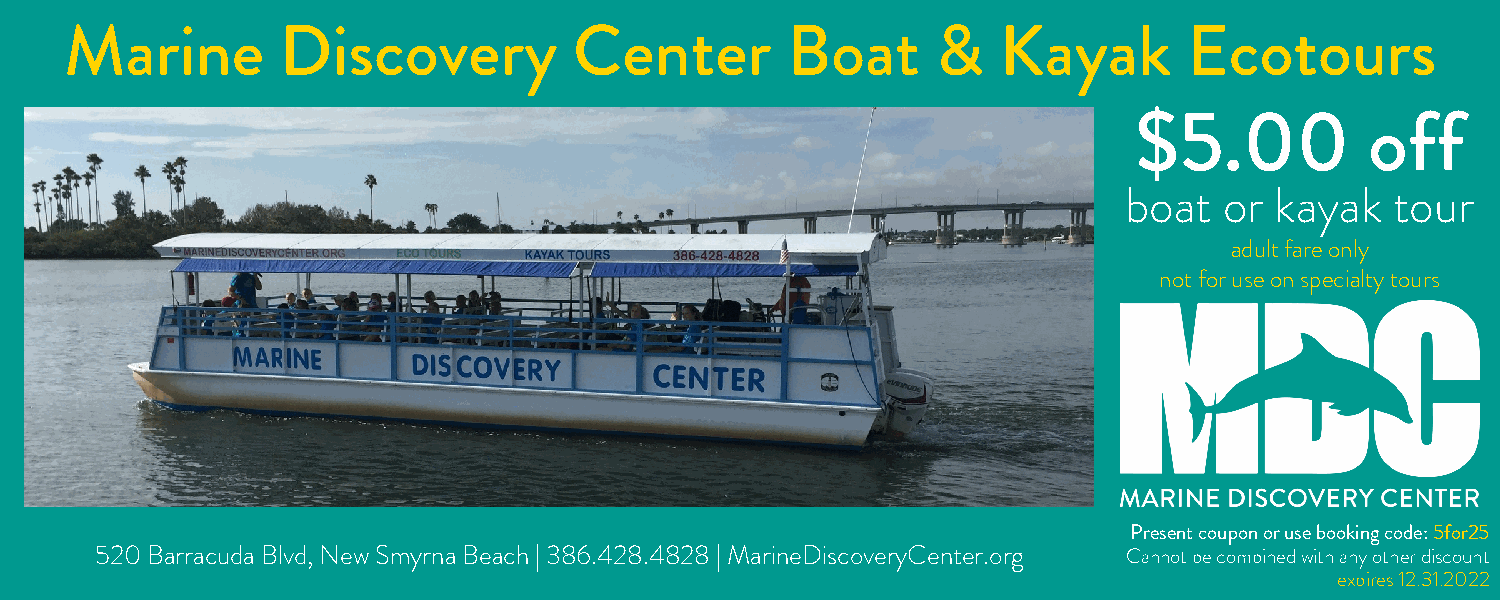
Marine         Discovery          Center        Boat      &   Kayak        Ecotours
 $5.00           off
 boat   or kayak   tour
 adult fare only
 not for use on specialty tours
 Present coupon or use booking code: 5for25
 520 Barracuda Blvd, New Smyrna Beach | 386.428.4828 | MarineDiscoveryCenter.org Cannot be combined with any other discount
 expires 12.31.2022